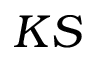
K S